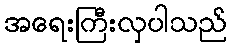
အရေးကြီးလှပါသည်